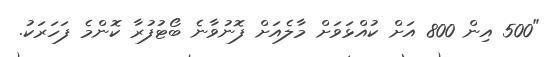
"500 އިން 800 އަށް ކުއްޅަވަށް މާލެއަށް ފޮނުވާނެ ބޯޓުފުރާ ކޮންމެ ފަހަރަކު.